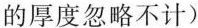
的厚度忽略不计)